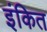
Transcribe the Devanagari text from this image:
इंकित